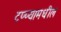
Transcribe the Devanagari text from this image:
टप्प्यामधील